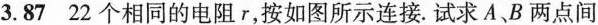
3.87 22个相同的电阻r，按如图所示连接.试求A、B两点间